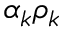
\alpha _ { k } \rho _ { k }